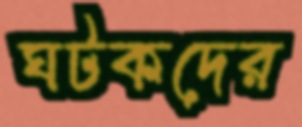
ঘটকদের